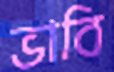
ভাবি